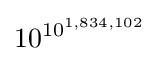
10^{10^{1,834,102}}